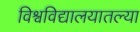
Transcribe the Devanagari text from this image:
विश्वविद्यालयातल्या